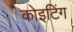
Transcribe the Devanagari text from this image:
कोइटिंग